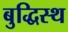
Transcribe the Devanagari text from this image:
बुद्धिस्थ